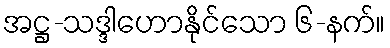
အဋ္ဌ-သဒ္ဒါဟောနိုင်သော ၆-နက်။